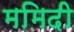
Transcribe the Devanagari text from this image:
ममिदी